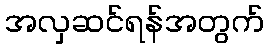
အလှဆင်ရန်အတွက်